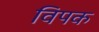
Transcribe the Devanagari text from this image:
विपक